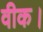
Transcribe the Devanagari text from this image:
वीक।